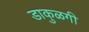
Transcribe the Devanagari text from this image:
डाकुळगी